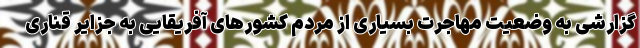
گزارشی به وضعیت مهاجرت بسیاری‌ از مردم کشورهای آفریقایی به جزایر قناری